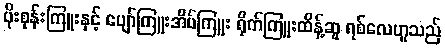
ပိုးစုန်းကြူးနှင့် ပျော်ကြူးအိပ်ကြူး ရိုက်ကြူးထိန့်ဆူ ရစ်လေဟူသည်